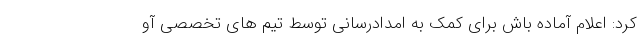
کرد: اعلام آماده باش برای کمک به امدادرسانی توسط تیم های تخصصی آو